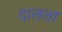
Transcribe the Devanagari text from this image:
दालता